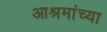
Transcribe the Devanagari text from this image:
आश्रमांच्या